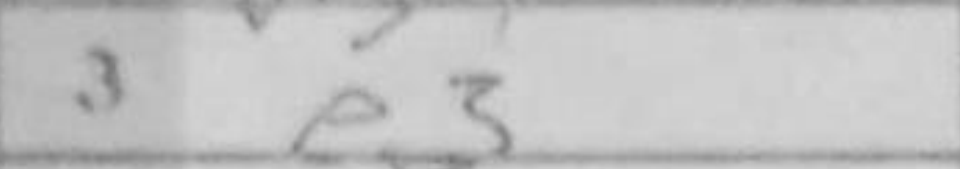
Transcription: e3